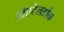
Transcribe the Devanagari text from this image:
ओएटेलडोंक